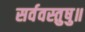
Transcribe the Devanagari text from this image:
सर्ववस्तुषु॥